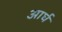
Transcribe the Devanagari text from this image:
आर्घ